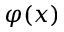
\varphi ( x )